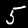
Digit: 5